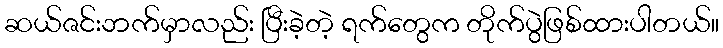
ဆယ်ဇင်းဘက်မှာလည်း ပြီးခဲ့တဲ့ ရက်တွေက တိုက်ပွဲဖြစ်ထားပါတယ်။